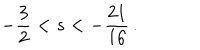
LaTeX: - \frac { 3 } { 2 } < s < - \frac { 2 1 } { 1 6 } \, .